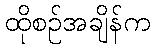
ထိုစဉ်အချိန်က